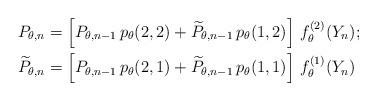
LaTeX: \begin{align*}P_{\theta, n} & = \left[ P_{\theta, n-1} \, p_\theta(2,2) + \widetilde{P}_{\theta, n-1} \, p_\theta(1,2) \right] \, f_{\theta}^{(2)}(Y_n) ; \\\widetilde{P}_{\theta, n} & = \left[ P_{\theta, n-1} \, p_\theta(2,1) + \widetilde{P}_{\theta, n-1} \, p_\theta(1,1) \right] \, f_{\theta}^{(1)}(Y_n) \end{align*}